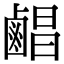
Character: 𪉨